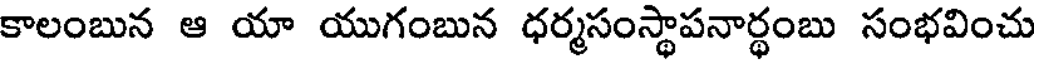
కాలంబున ఆ యా యుగంబున ధర్మసంస్థాపనార్థంబు సంభవించు